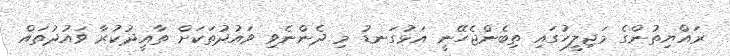
ރައްޔިތުންގެ މަޖިލީހުގައި ތިބެންޖެހޭނީ އަޅުގަނޑު މި ދެންނެވި ވައުދުތަކަށް ތާއީދުކުރާ ވައުދުތައް